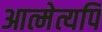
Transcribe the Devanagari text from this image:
आत्मेत्यपि